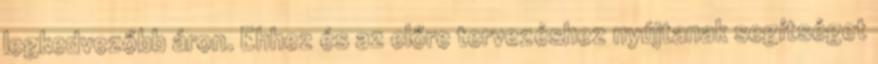
legkedvezőbb áron. Ehhez és az előre tervezéshez nyújtanak segítséget